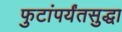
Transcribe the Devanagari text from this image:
फुटांपर्यंतसुद्धा